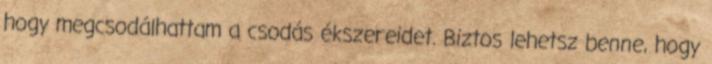
hogy megcsodálhattam a csodás ékszereidet. Biztos lehetsz benne, hogy